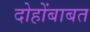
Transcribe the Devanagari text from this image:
दोहोंबाबत